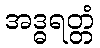
အဒ္ဓရတ္တံ